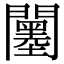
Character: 𨷅